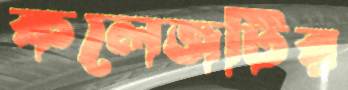
কলেজটির